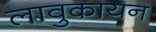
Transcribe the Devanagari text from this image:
लावुकायन